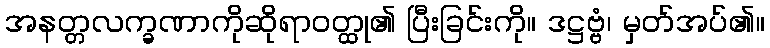
အနတ္တလက္ခဏာကိုဆိုရာဝတ္ထု၏ ပြီးခြင်းကို။ ဒဋ္ဌဗ္ဗံ၊ မှတ်အပ်၏။